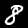
Label: 8